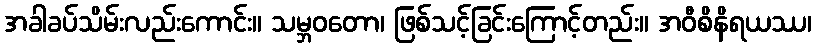
အခါခပ်သိမ်းလည်းကောင်း။ သမ္ဘဝတော၊ ဖြစ်သင့်ခြင်းကြောင့်တည်း။ အဝီစိနိရယဿ၊